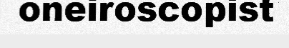
oneiroscopist